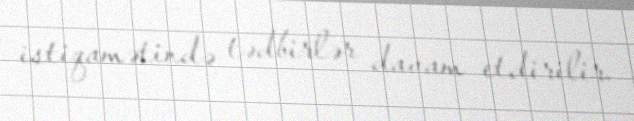
istiqamətində tədbirlər davam etdirilir.